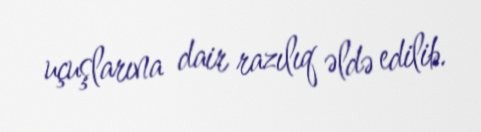
uçuşlarına dair razılıq əldə edilib.